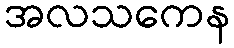
အလသကေန